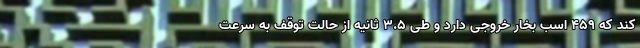
کند که 459 اسب بخار خروجی دارد و طی 3.5 ثانیه از حالت توقف به سرعت